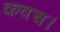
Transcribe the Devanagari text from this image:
कवच।